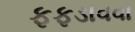
ફફડાવવા